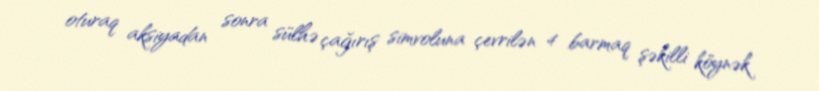
oturaq aksiyadan sonra sülhə çağırış simvoluna çevrilən 4 barmaq şəkilli köynək